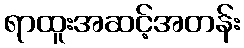
ရာထူးအဆင့်အတန်း